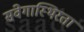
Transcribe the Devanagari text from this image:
संवेगास्थिरता